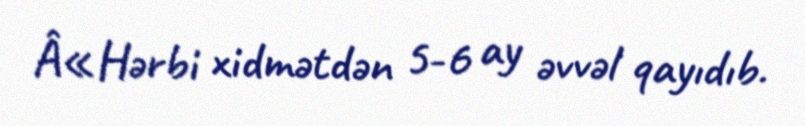
Â«Hərbi xidmətdən 5-6 ay əvvəl qayıdıb.